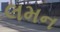
લમન